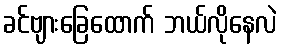
ခင်ဗျားခြေထောက် ဘယ်လိုနေလဲ